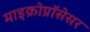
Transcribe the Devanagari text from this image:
माइक्रोप्रॉसेसर